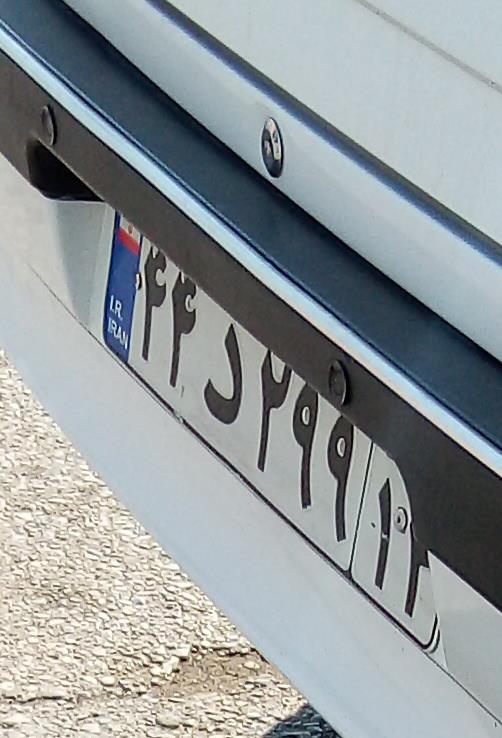
۴۴د۲۹۹۱۴